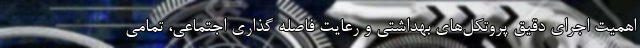
اهمیت اجرای دقیق پروتکل‌های بهداشتی و رعایت فاصله گذاری اجتماعی، تمامی